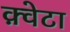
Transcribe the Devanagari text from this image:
क़्वेटा